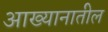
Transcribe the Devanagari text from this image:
आख्यानातील